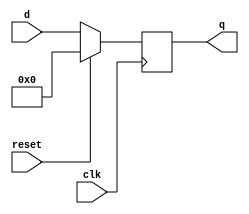
module top_module (
    input clk,
    input reset,            
    input [7:0] d,
    output [7:0] q
);
    always @(posedge clk)begin // 注意不是always @(posedge clk or posedge reset)
        if(reset == 1)
            q <= 8'd0;
        else
            q <= d;
    end
endmodule